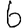
Digit: 6